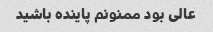
عالی بود ممنونم پاینده باشید